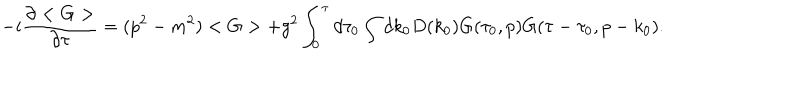
LaTeX: - i \frac { \partial < G > } { \partial \tau } = ( p ^ { 2 } - m ^ { 2 } ) < G > + g ^ { 2 } \int _ { 0 } ^ { \tau } d \tau _ { 0 } \int d k _ { 0 } D ( k _ { 0 } ) G ( \tau _ { 0 } , p ) G ( \tau - \tau _ { 0 } , p - k _ { 0 } ) .